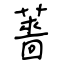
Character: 薔